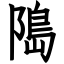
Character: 﨩